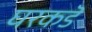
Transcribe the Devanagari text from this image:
घरकडॆ